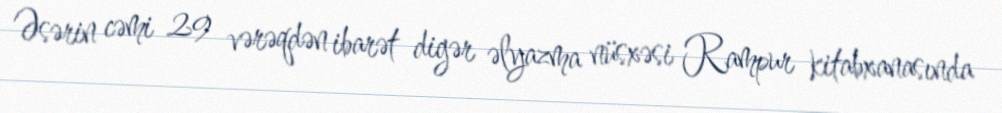
Əsərin cəmi 29 vərəqdən ibarət digər əlyazma nüsxəsi Rampur kitabxanasında